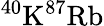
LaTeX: ^{40}\mathrm{K}^{87}\mathrm{Rb}